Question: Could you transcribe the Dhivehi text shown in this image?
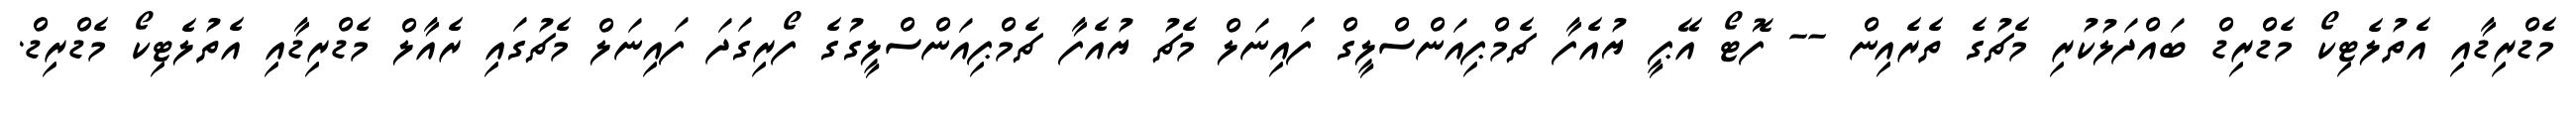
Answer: މެޑްރިޑާއި އެތުލެޓިކޯ މެޑްރިޑް ބައްދަލުކުރި މެޗުގެ ތެރެއިން -- ފޮޓޯ އޭޕީ ޔުއެފާ ޗެމްޕިއަންސްލީގް ފައިނަލް މެޗު ޔުއެފާ ޗެމްޕިއަންސްލީގުގެ ފޯރިގަދަ ފައިނަލް މެޗުގައި ރެއާލް މެޑްރިޑާއި އެތުލެޓިކޯ މެޑްރިޑް.